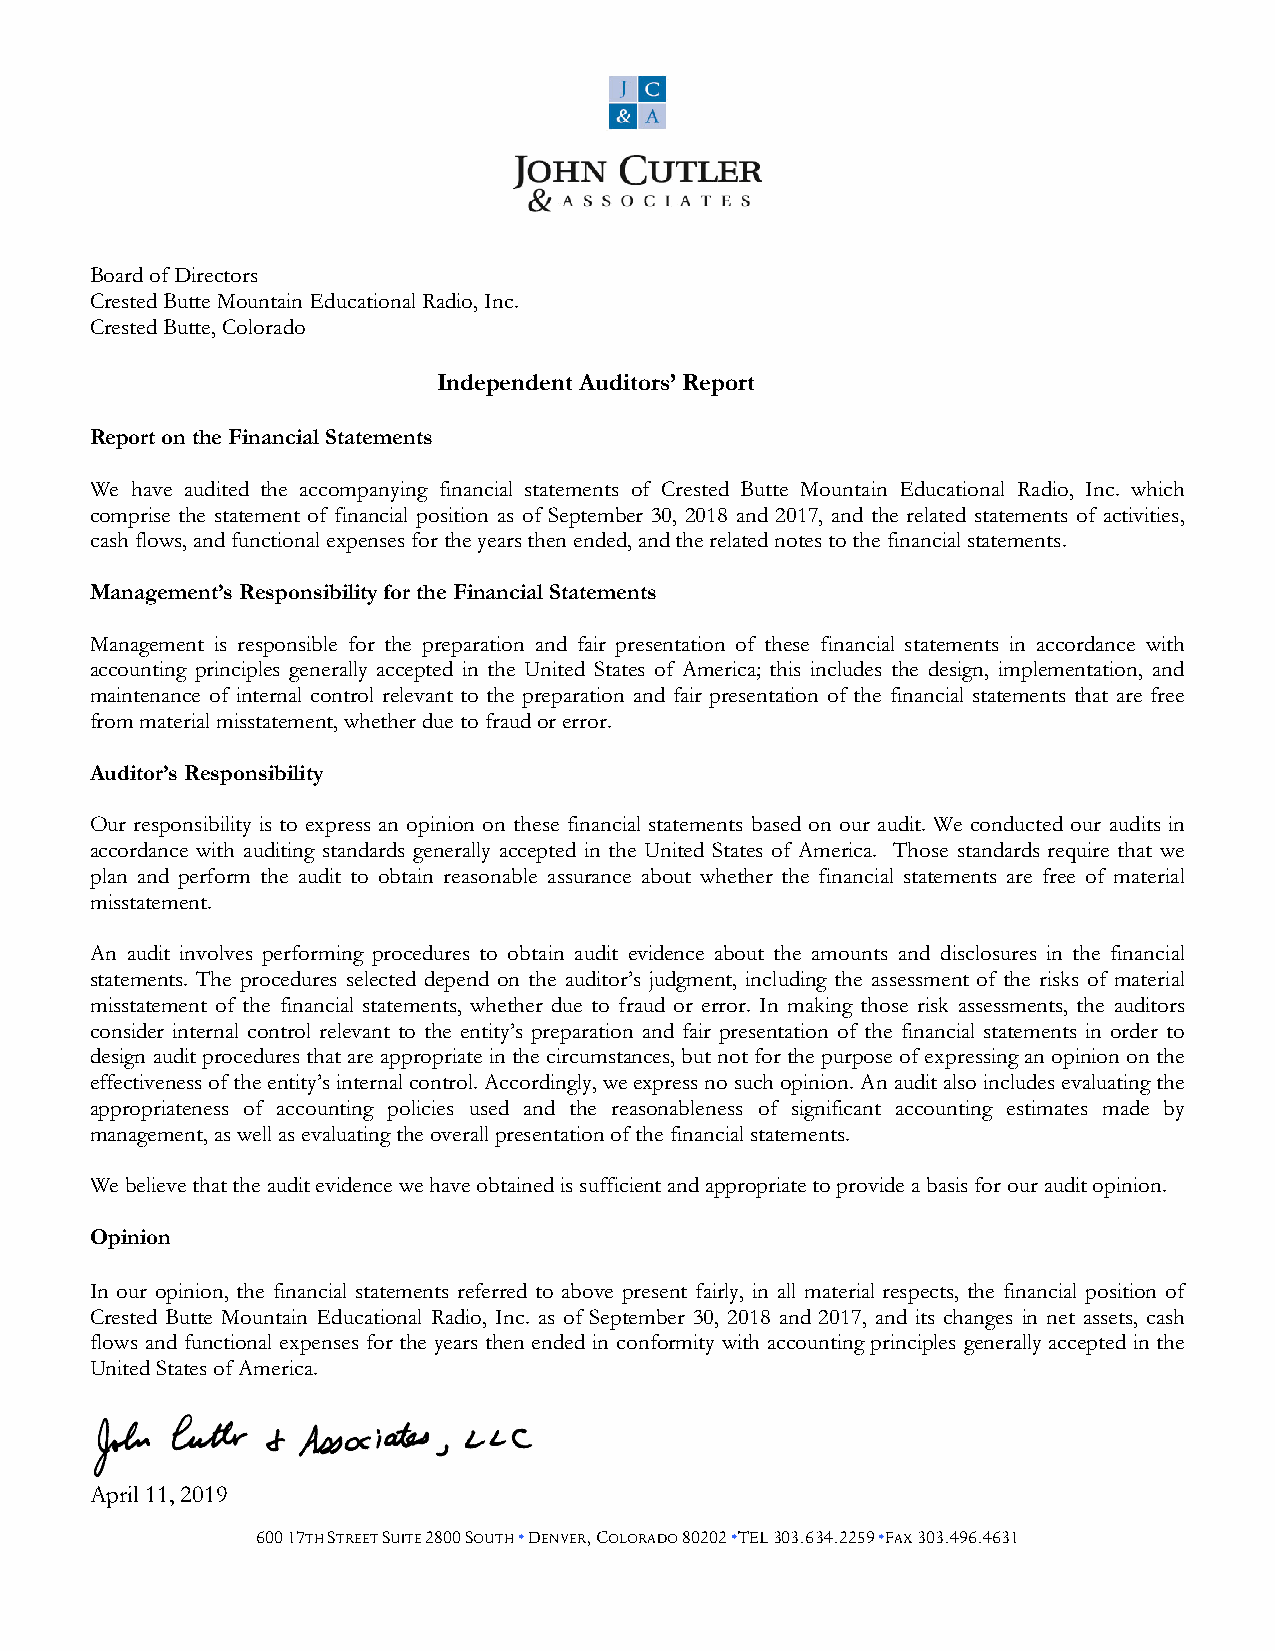
Board of Directors
 Crested Butte Mountain Educational Radio, Inc.
 Crested Butte, Colorado
 Independent Auditors’ Report
 Report on the Financial Statements
 We have audited the accompanying financial statements of Crested Butte Mountain Educational Radio, Inc. which
 comprise the statement of financial position as of September 30, 2018 and 2017, and the related statements of activities,
 cash flows, and functional expenses for the years then ended, and the related notes to the financial statements.
 Management’s Responsibility for the Financial Statements
 Management is responsible for the preparation and fair presentation of these financial statements in accordance with
 accounting principles generally accepted in the United States of America; this includes the design, implementation, and
 maintenance of internal control relevant to the preparation and fair presentation of the financial statements that are free
 from material misstatement, whether due to fraud or error.
 Auditor’s Responsibility
 Our responsibility is to express an opinion on these financial statements based on our audit. We conducted our audits in
 accordance with auditing standards generally accepted in the United States of America. Those standards require that we
 plan and perform the audit to obtain reasonable assurance about whether the financial statements are free of material
 misstatement.
 An audit involves performing procedures to obtain audit evidence about the amounts and disclosures in the financial
 statements. The procedures selected depend on the auditor’s judgment, including the assessment of the risks of material
 misstatement of the financial statements, whether due to fraud or error. In making those risk assessments, the auditors
 consider internal control relevant to the entity’s preparation and fair presentation of the financial statements in order to
 design audit procedures that are appropriate in the circumstances, but not for the purpose of expressing an opinion on the
 effectiveness of the entity’s internal control. Accordingly, we express no such opinion. An audit also includes evaluating the
 appropriateness of accounting policies used and the reasonableness of significant accounting estimates made by
 management, as well as evaluating the overall presentation of the financial statements.
 We believe that the audit evidence we have obtained is sufficient and appropriate to provide a basis for our audit opinion.
 Opinion
 In our opinion, the financial statements referred to above present fairly, in all material respects, the financial position of
 Crested Butte Mountain Educational Radio, Inc. as of September 30, 2018 and 2017, and its changes in net assets, cash
 flows and functional expenses for the years then ended in conformity with accounting principles generally accepted in the
 United States of America.
 April 11, 2019
 600 17TH STREET SUITE 2800 SOUTH • DENVER, COLORADO 80202 •TEL 303.634.2259 •FAX 303.496.4631